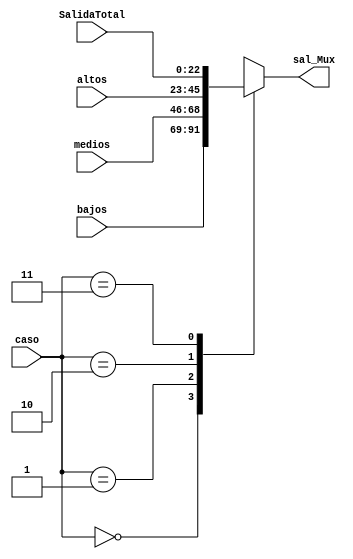
`timescale 1ns / 1ps
//////////////////////////////////////////////////////////////////////////////////
// Company: 
// Engineer: 
// 
// Design Name: 
// Module Name:    Mux_Filttros 
// Project Name: 
// Target Devices: 
// Tool versions: 
// Description: 
//
// Dependencies: 
//
// Revision: 
// Revision 0.01 - File Created
// Additional Comments: 
//
//////////////////////////////////////////////////////////////////////////////////
module Mux_Filtros #(parameter N = 23)
(
 input wire signed [N-1:0] bajos,medios,altos, SalidaTotal,
 input wire [1:0] caso,
 output wire signed [N-1:0] sal_Mux
    );
	 
reg signed [N-1:0] sal;

always@*
  begin 
   case(caso)  
	2'b00 : sal = bajos ; 
   2'b01 : sal = medios ; 
	2'b10 : sal = altos ; 
	2'b11 : sal = SalidaTotal ;

  default : sal = bajos;  
  endcase 
  end 
assign sal_Mux = sal;

endmodule